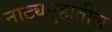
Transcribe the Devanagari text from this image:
नाट्यगृहातील